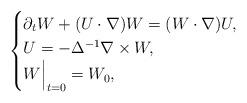
LaTeX: \begin{align*} \begin{cases} \partial_t W + (U\cdot\nabla )W = (W\cdot \nabla)U, \\ U= -\Delta^{-1} \nabla \times W,\\ W\Bigr|_{t=0} =W_0, \end{cases}\end{align*}